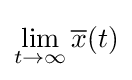
\lim _{t\rightarrow \infty }{\overline {x}}(t)